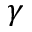
\gamma